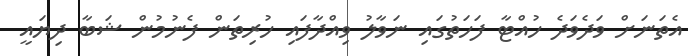
އެތަނަށް ވަދެވަދެ ހުއްޓާ ފަހަތުގައި ނަވާލު ވިއްދާފައި ހުރިތަން ފެނުމުން ޝަބާ ދިޔައީ